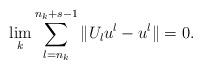
LaTeX: \begin{align*} \lim_{k}\sum_{l=n_{k}}^{n_{k}+s-1}\Vert U_{l}u^{l}-u^{l}\Vert=0.\end{align*}